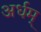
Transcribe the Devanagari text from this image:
अर्धम्